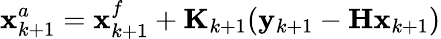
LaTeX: \mathbf{x}_{k+1}^{a}=\mathbf{x}_{k+1}^{f}+\mathbf{K}_{k+1}(\mathbf{y}_{k+1}-\mathbf{H}\mathbf{x}_{k+1})